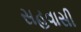
સહવાસી